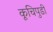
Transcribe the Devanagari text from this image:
कूचिपुडी